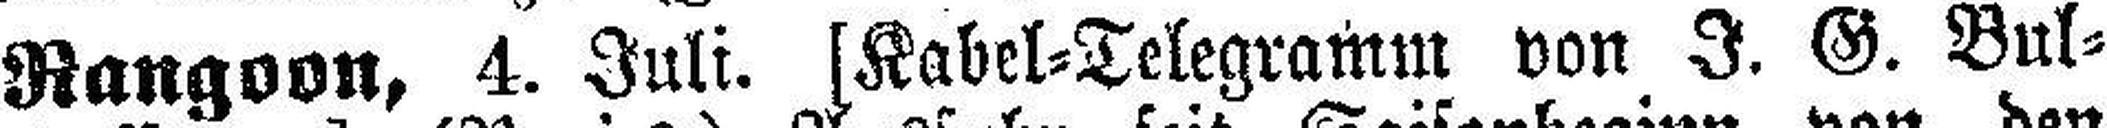
Rangoon, 4. Juli. [Kabel=Telegramm von J. G. Bul¬